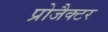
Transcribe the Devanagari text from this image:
प्रोजैक्टर